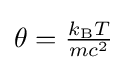
{\textstyle \theta ={\frac {k_{\text{B}}T}{mc^{2}}}}